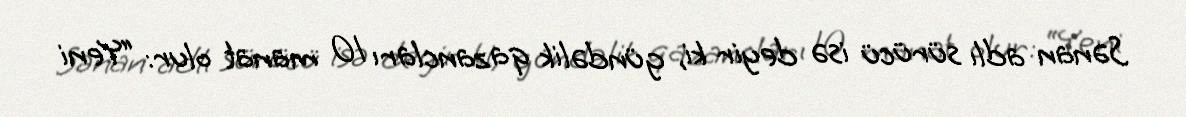
Sənan adlı sürücü isə deyir ki, gündəlik qazancları 10 manat olur: “Yeni